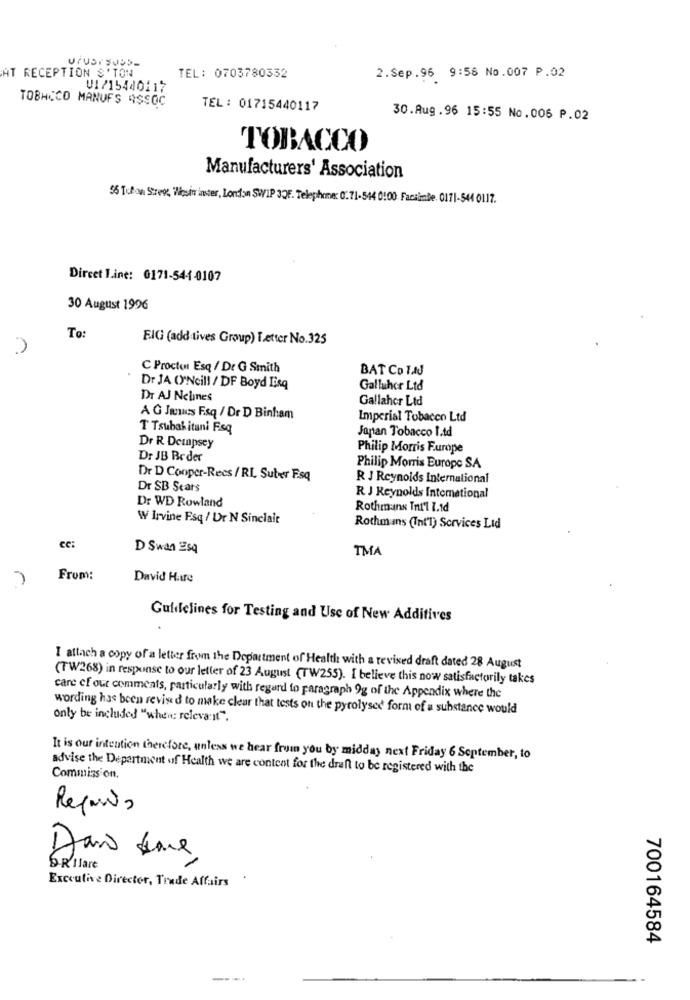
AT RECEPTION S' TON
TEL: 0703780332
2.Sep.96 9:58 No.007 P.02
V1/15440117
TOBACCO MANUFS ASSOC
TEL: 01715440117
30.Aug. 96 15:55 No.006 P.02
TOBACCO
Manufacturers' Association
55 Tulan Street, Wosin inster, London SWIP 3QF. Telephone: 0:71-544 0:00 Facsimile 0171-544 0117.
Dircet 1.int: 0171-544-0107
30 August 1996
To:
FIG (add-tives Group) Letter No.325
C Procto Esq / Dr G Smith
BAT Co INJ
Dr JA O'Ncill / DF Boyd Lisq
Galluher Ltd
Dr AJ Nelines
Gallaher Ltd
A G Janus F.sq / Dr D Binham
Imperial Tobacco Ltd
T Tsubakitani Fsq
Japan Tobacco 1.td
Dr R Dempsey
Philip Morris Furope
Dr JB Beder
Philip Morris Europe SA
Dr D Cooper-Recs / RL Subver Fsq
R J Reynolds International
Dr SB Scars
Dr WD Rowland
R J Reynolds International
Rothmans Tnt'1 1.1d
W Irvine Esq / Ur N Sinclair
Rothmans (Int'l) Services Ltd
CC:
D Swan Esq
TMA
From:
David Hatre
Guidelines for Testing and Use of New Additives
I attach a copy of a letter from the Department of Health with a revised draft dated 28 August
(TW268) in response to our letter of 23 August (TW255). I believe this now satisfactorily takes
care of our comments, particularly with regard to paragraph 9g of the Appendix where the
wording has been revised to make clear that tests on the pyrolysed form of a substance would
only be included "when: relevant".
It is our intention therefore, unless we hear from you by midday next Friday 6 September, to
advise the Department of Health we are content for the draft to be registered with the
Commission.
Reports
Dans Have
OR'Ilare
Executive Director, Trude Affairs
700164584